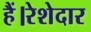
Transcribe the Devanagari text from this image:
हैं।रेशेदार